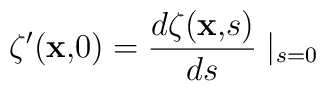
\zeta ^{\prime }({\bf x,}0)=\frac{d\zeta ({\bf x,}s)}{ds}\mid _{s=0}